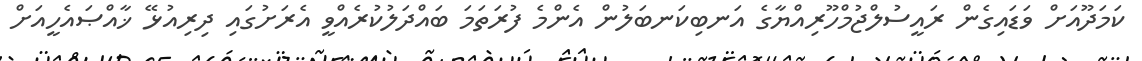
ކަމަދޫއަށް ވަޑައިގެން ރައީސުލްޖުމްހޫރިއްޔާގެ އަނބިކަނބަލުން އެންމެ ފުރަތަމަ ބައްދަލުކުރެއްވީ އެރަށުގައި ދިރިއުޅޭ ޚާއްޞައެހީއަށް